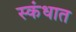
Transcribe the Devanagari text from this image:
स्कंधात